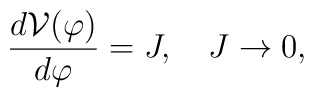
\frac{d{\cal V}(\varphi)}{d\varphi} = J, \quad J\to 0,